Vaccination in the Punjab 1905-1918 - 1905-1918
Year: 1905
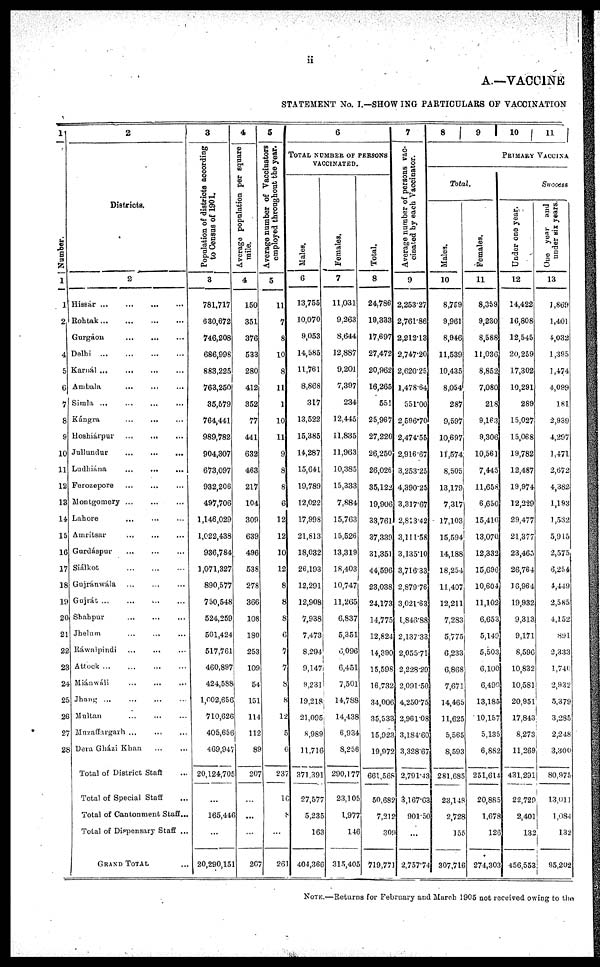
ii
A.—VACCINE
STATEMENT No. I.—SHOWING PARTICULARS OF VACCINATION
1
Number.
1
1
2
4
5
6
7
8
9
10
11
12
13
14
15
16
17
18
19
20
21
22
23
24
25
26
27
28
2
Districts.
2
Hissár
...
...
...
...
Rohtak ... ... ... ...
Gurgáon
...
...
...
Delhi
...
...
...
...
Karnál ...
... ... ... ...
Ambala
...
... ... ...
Simla ... ... ...
Kángra
...
... ...
Hoshiárpur ... ... ...
Jullundur
...
...
...
Ludhiána ... ... ...
Ferozepore ... ... ...
Montgomery ... ... ...
Lahore ... ... ...
Amritsar ... ... ...
Gurdáspur ... ... ...
Siálkot ... ... ...
Gujránwála ... ... ...
Gujrát ...
... ... ...
Shahpur ... ... ...
Jhelum
... ... ...
Ráwalpindi ... ... ...
Attock ... ... ... ...
Miánwáli ... ... ...
Jhang ... ... ... ...
Multan ... ... ...
Muzaffargarh
...
...
...
Dera Gházi Khan ... ...
Total of District Staff ...
Total of Special Staff ...
Total of Cantonment Staff...
Total of Dispensary Staff ...
GRAND TOTAL ...
3
Population of districts according
to Census of 1901.
3
781,717
630,672
746,208
686,998
883,225
763,250
35,579
764,441
989,782
904,307
673,097
932,206
497,706
1,146,029
1,022,438
936,784
1,071,327
890,577
750,548
524,259
501,424
517,761
460,897
424,588
1,002,656
710,626
405,656
469,947
20,124,705
...
165,446
...
20,290,151
4
Average population per square
mile.
4
150
351
376
533
280
412
352
77
441
632
463
217
104
309
639
496
538
278
366
108
180
253
109
54
151
114
112
89
207
...
...
...
207
5
Average number of Vaccinators
employed throughout the year.
5
11
7
8
10
8
11
1
10
11
9
8
8
6
12
12
10
12
8
8
8
6
7
7
8
8
12
5
6
237
16
...
261
6
TOTAL NUMBER OF PERSONS
VACCINATED.
Males.
6
13,755
10,070
9,053
14,585
11,761
8,868
317
13,522
15,385
14,287
15,641
19,789
12,022
17,998
21,813
18,032
26,193
12,291
12,908
7,938
7,473
8,294
9,147
9,231
19,218
21,095
8,989
11,716
371,391
27,577
5,235
163
404,366
Females.
7
11,031
9,263
8,644
12,887
9,201
7,397
234
12,445
11,835
11,963
10,385
15,333
7,884
15,763
15,526
13,319
18,403
10,747
11,265
6,837
5,351
6,096
6,451
7,501
14,788
14,438
6,934
8,256
290,177
23,105
1,977
146
315,405
Total.
8
24,786
19,333
17,697
27,472
20,962
16,265
551
25,967
27,220
26,250
26,026
35,122
19,906
33,761
37,339
31,351
44,596
23,038
24,173
14,775
12,824
14,390
15,598
16,732
34,006
35,533
15,923
19,972
661,568
50,682
7,212
309
719,771
7
Average number of persons vac-
cinated by each Vaccinator.
9
2,253.27
2,761.86
2,212.13
2,747.20
2,620.25
1,478.64
551.00
2,596.70
2,474.55
2,916.67
3,253.25
4,390.25
3,317.67
2,813.42
3,111.58
3,135.10
3,716.33
2,879.76
3,021.63
1,846.88
2,137.33
2,055.71
2,228.29
2,091.50
4,250.75
2,961.08
3,184.60
3,328.67
2,791.43
3,167.63
901.50
...
2,757.74
8
9
10
11
PRIMARY VACCINA
Total.
Males.
10
8,759
9,961
8,946
11,539
10,435
8,054
287
9,597
10,697
11,574
8,505
13,179
7,317
17,103
15,594
14,188
18,254
11,407
12,211
7,283
5,775
6,233
6,868
7,671
14,465
11,625
5,565
8,593
281,685
23,148
2,728
155
307,716
Females.
11
8,359
9,230
8,588
11,036
8,852
7,080
218
9,163
9,306
10,561
7,445
11,658
6,650
15,410
13,070
12,332
15,696
10,604
11,102
6,653
5,149
5,503
6,100
6,490
13,185
10,157
5,135
6,882
251,614
20,885
1,678
126
274,303
Under one year.
12
14,422
16,808
12,545
20,259
17,302
10,291
289
15,027
15,068
19,782
12,487
19,974
12,229
29,477
21,377
23,465
26,764
16,964
19,932
9,313
9,171
8,596
10,832
10,581
20,951
17,843
8,273
11,269
431,291
22,729
2,401
132
456,553
Success
One year and
under six years.
13
1,869
1,401
4,032
1,395
1,474
4,099
181
2,939
4,297
1,471
2,672
4,382
1,193
1,532
5,915
2,575
6,254
4,449
2,585
4,152
891
2,333
1,740
2,932
5,379
3,285
2,248
3,300
80,975
13,011
1,084
132
95,202
NOTE.—Returns for February and March 1905 not received owing to the